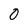
Character: 0